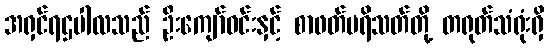
အရှင်ရဌပါလသည် ဦးကျော်ဝင်းနှင့် စာဖတ်ပရိသတ်တို့ တရုတ်သံရုံးရှိ